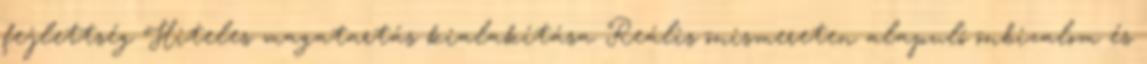
fejlettség Hiteles magatartás kialakítása Reális önismereten alapuló önbizalom és